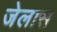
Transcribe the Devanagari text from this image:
जेलास